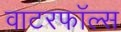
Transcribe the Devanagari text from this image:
वाटरफॉल्स